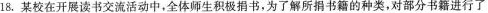
18.某校在开展读书交流活动中，全体师生积极捐书，为了解所捐书籍的种类，对部分书籍进行了